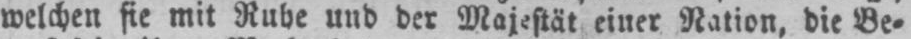
welchen sie mit Ruhe und der Majestät einer Nation, die Be⸗